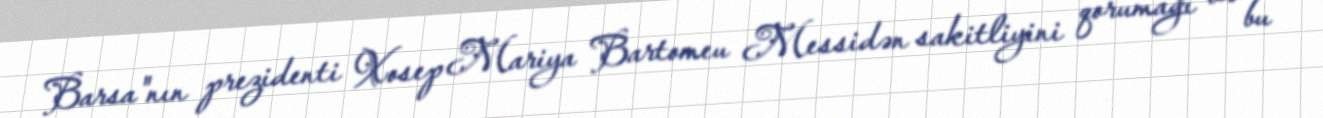
Barsa"nın prezidenti Xosep Mariya Bartomeu Messidən sakitliyini qorumağı və bu